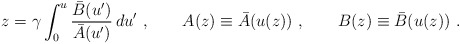
\begin{align*} z = \gamma \int_0^u \frac{{\bar B}(u')}{{\bar A}(u')} \, du'\ ,\qquad A(z) \equiv {\bar A}(u(z))\ ,\qquad B(z) \equiv {\bar B}(u(z))\ .\end{align*}